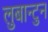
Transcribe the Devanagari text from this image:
लुबान्टुन